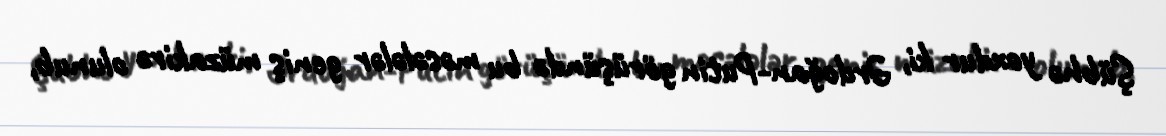
Şübhə yoxdur ki, Ərdoğan-Putin görüşündə bu məsələlər geniş müzakirə olunub,